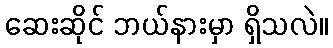
ဆေးဆိုင် ဘယ်နားမှာ ရှိသလဲ။